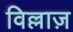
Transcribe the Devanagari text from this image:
विल्लाज़